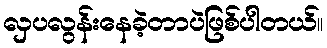
လှပလွန်းနေခဲ့တာပဲဖြစ်ပါတယ်။